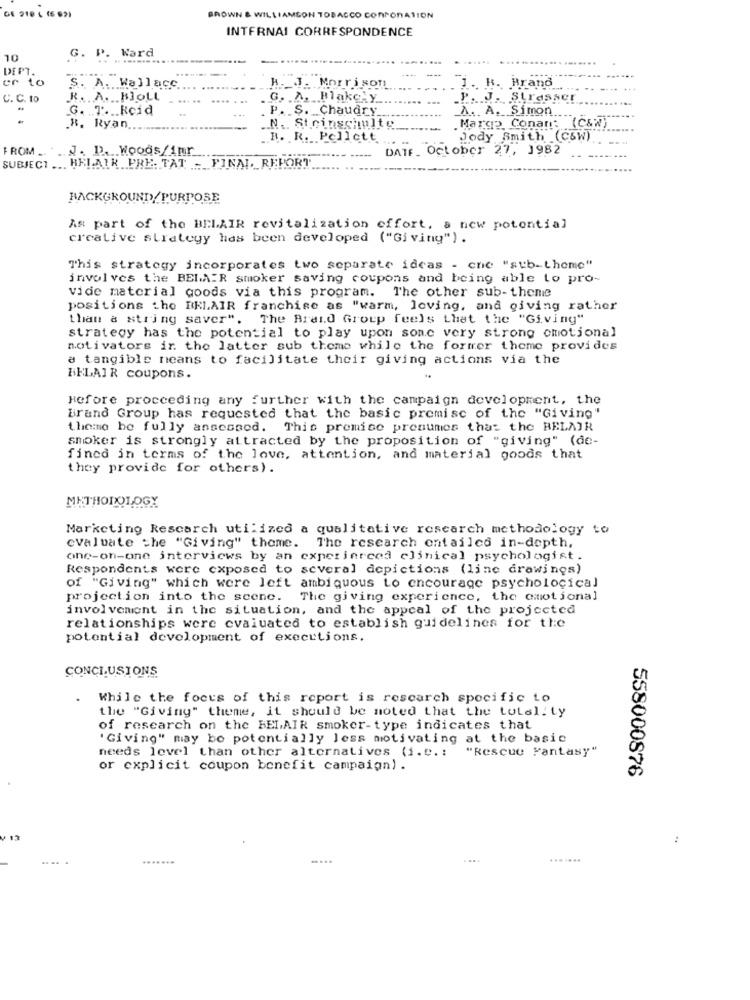
BROWN & WIL
ON TOBACCO CORPORATION
INTERNAI CORRESPONDENCE
G. P. Ward
10
DEPT.
er to
S. A. Wallace
H ._ J. Morrison
1. H. Brand
C. C. to
R. A. .. BOLL
.G. . A. Blakchy
.P ... J. Strasser
G. T. Rcid
. P. S. Chaudry
A. A. Simon
. Margo Conan: (C&W
.B. Ryan ...
.. N .. Steinschulte
B. R. Pellett
Jody Smith (C&W)
FROM ..
J. D. Woods/imr
DATE. October 27, 1982
SUBJECT ... HEI.AIR PRE, TAT - FINAL, REPORT
BACKGROUNDY PURPOSE
As part of the BELAIR revitalization effort, a new potential
creative strategy has been developed ("Giving").
This strategy incorporates two separate ideas - cne "sub-theme"
involves the BELAIR smoker saving coupons and being able to pro-
vide material goods via this program. The other sub-theme
positions the BELAIR franchise as "warm, loving, and giving rather
than a string saver".
The Brand Group feels that the "Giving"
strategy has the potential to play upon sone very strong emotional
motivators ir the latter sub theme while the former theme provides
a tangible neans to facilitate their giving actions via the
BELAIR coupons.
Before proceeding any further with the campaign development, the
Brand Group has requested that the basic premise of the "Giving"
theme he fully assessed. This premise presumes that the BELAIR
smoker is strongly attracted by the proposition of "giving" (de-
fined in terms of the love, attention, and material goods that
they provide for others).
METHODOLOGY
Marketing Rescarch utilized a qualitative research methodology to
evaluate the "Giving" theme. The research entailed in-depth,
one-on-one interviews by an experienced clinical psychologist.
Respondents were exposed to several depictions (line drawings)
of "Giving" which were left ambiguous to encourage psychological
projection into the scene. The giving experience, the emotional
involvement in the situation, and the appcal of the projected
relationships were evaluated to establish guidelines for the
potential development of executions,
CONCLUSIONS
While the focus of this report is rescarch specific to
the "Giving" theme, it should be noted that the total! ty
of research on the BELAIR smoker-type indicates that
'Giving" may bo potentially less motivating at the basic
"Rescue Fantasy"
needs level than other alternatives (i.e .:
or explicit coupon benefit campaign).
558000876
:
.....
....
.......